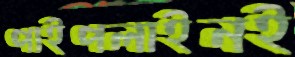
পাইপলাইনই